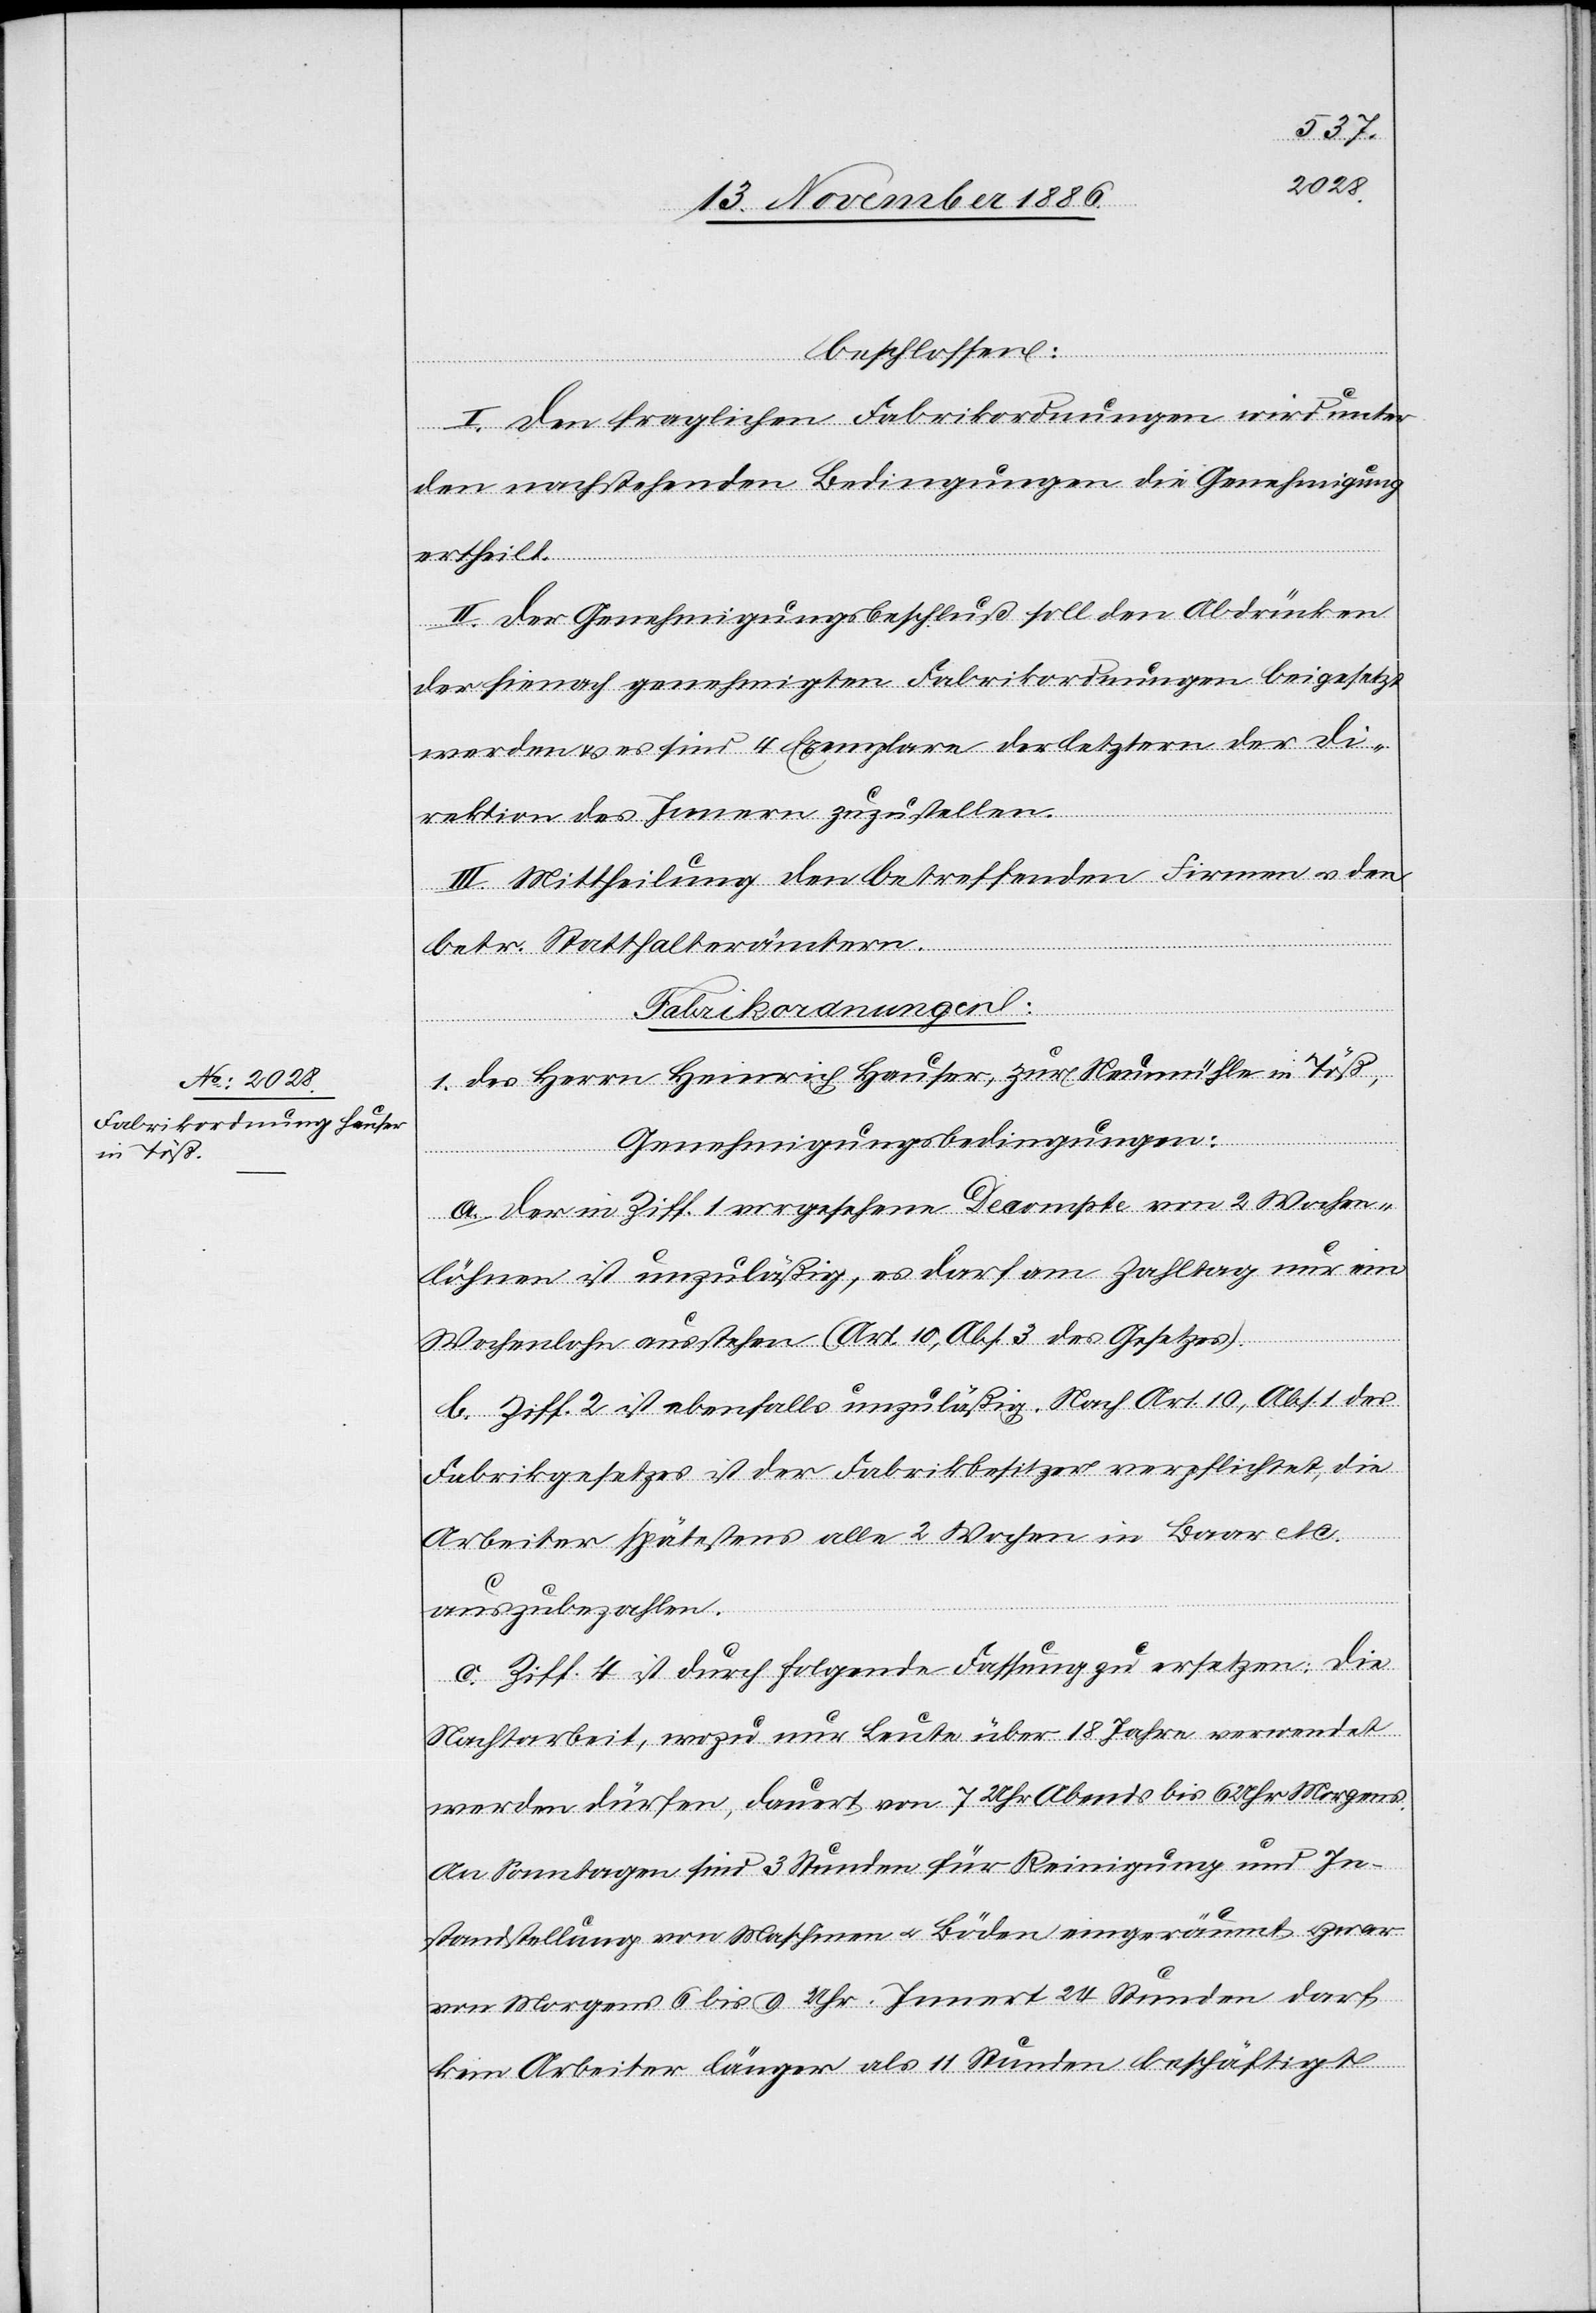
2.254
1886/2027]
beschlossen:
I. Den fraglichen Fabrikordnungen wird unter
den nachstehenden Bedingungen die Genehmigung
ertheilt.
II. Der Genehmigungsbeschluß soll den Abdrücken
der hienach genehmigten Fabrikordnungen beigesetzt
werden & es sind 4 Exemplare der letztern der Di¬
rection des Innern zuzustellen.
III. Mittheilung den betreffenden Firmen & den
betr. Statthalterämtern.
Fabrikordnungen:
1. des Herrn Heinrich Hauser, zur Neumühle in Töß,
Genehmigungsbedingungen:
a. Der in Ziff. 1 vorgesehene Decompte von 2 Wochen¬
löhnen ist unzuläßig, es darf am Zahltag nur ein
Wochenlohn ausstehen (Art. 10, Abs. 3 des Gesetzes).
b. Ziff. 2 ist ebenfalls unzuläßig. Nach Art. 10, Abs. 1 des
Fabrikgesetzes ist der Fabrikbesitzer verpflichtet, die
Arbeiter spätestens alle 2 Wochen in Baar etc.
auszubezahlen.
c. Ziff. 4 ist durch folgende Fassung zu ersetzen: Die
Nachtarbeit, wozu nur Leute über 18 Jahre verwendet
werden dürfen, dauert von 7 Uhr Abends bis 6 Uhr Morgens.
An Sonntagen sind 3 Stunden für Reinigung und In¬
standstellung von Maschinen & Böden eingeräumt & zwar
von Morgens 6 bis 9 Uhr. Innert 24 Stunden darf
kein Arbeiter länger als 11 Stunden beschäftigt